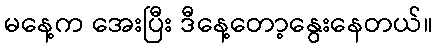
မနေ့က အေးပြီး ဒီနေ့တော့နွေးနေတယ်။